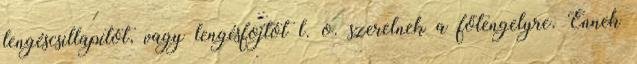
lengéscsillapítót, vagy lengésfojtót l. o. szerelnek a főtengelyre. Ennek